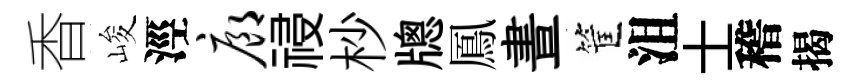
香峻涇廊祲杪牕鳳晝筐沮士稽揭